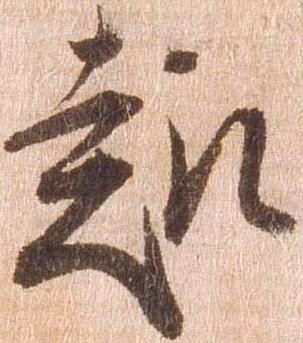
趣